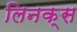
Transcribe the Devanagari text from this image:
लिनक्‍स